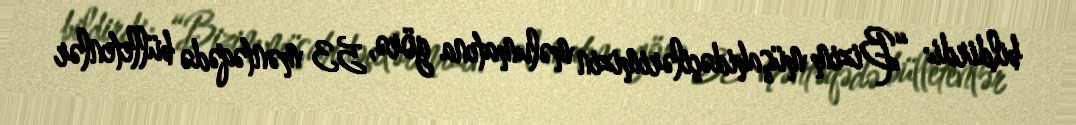
bildirdi: “Bizim müşahidəçilərimizin məlumatına görə, 53 məntəqədə bülletenlər